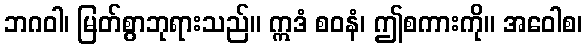
ဘဂဝါ၊ မြတ်စွာဘုရားသည်။ ဣဒံ စဝနံ၊ ဤစကားကို။ အဝေါစ၊